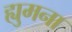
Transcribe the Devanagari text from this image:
ह्युमना